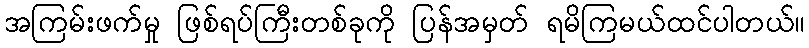
အကြမ်းဖက်မှု ဖြစ်ရပ်ကြီးတစ်ခုကို ပြန်အမှတ် ရမိကြမယ်ထင်ပါတယ်။